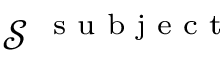
\mathcal S ^ { \mathrm { ~ \scriptsize ~ s ~ u ~ b ~ j ~ e ~ c ~ t ~ } }